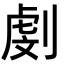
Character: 㓺